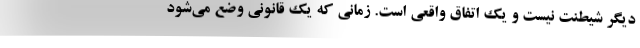
دیگر شیطنت نیست و یک اتفاق واقعی است. زمانی که یک قانونی وضع می‌شود